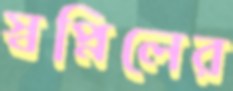
স্বপ্নিলের